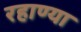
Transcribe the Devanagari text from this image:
रहाण्या